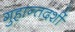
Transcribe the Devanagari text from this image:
गुहान्तदर्शी